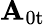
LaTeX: \mathbf{A}_{\mathrm{{0t}}}